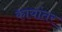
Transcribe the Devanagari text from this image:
कायांतर